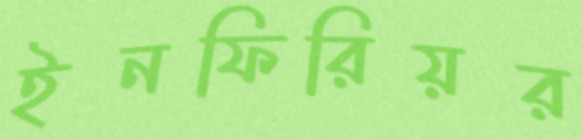
ইনফিরিয়র